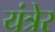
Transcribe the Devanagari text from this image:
यंत्रेर